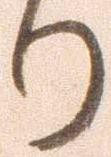
り